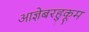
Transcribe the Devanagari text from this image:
आज्ञेबरहुकूम